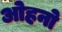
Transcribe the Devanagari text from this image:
ओहनो